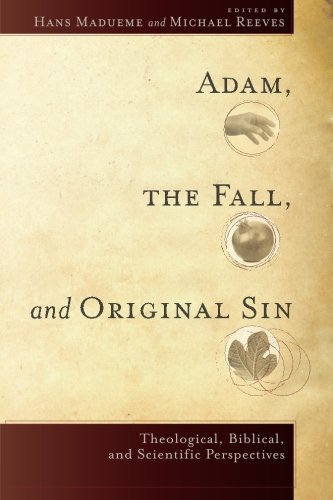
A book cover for Adam, the Fall, and Original Sin: Theological, Biblical, and Scientific Perspectives; Christian Books & Bibles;